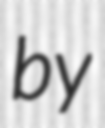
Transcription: by